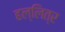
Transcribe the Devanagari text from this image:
हल्लित्र